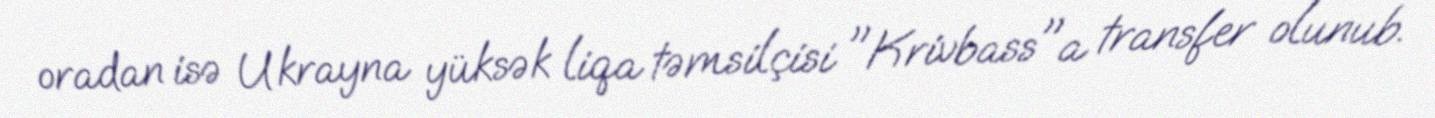
oradan isə Ukrayna yüksək liqa təmsilçisi "Krivbass"a transfer olunub.